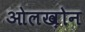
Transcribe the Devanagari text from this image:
ओलख़ोन